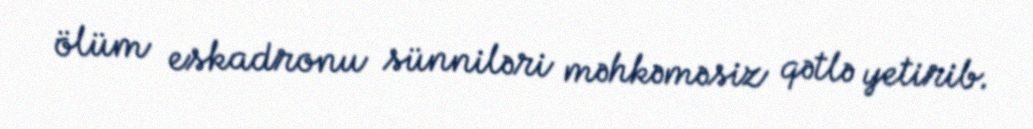
ölüm eskadronu sünniləri məhkəməsiz qətlə yetirib.